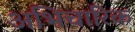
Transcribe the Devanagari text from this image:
अभिचारिक